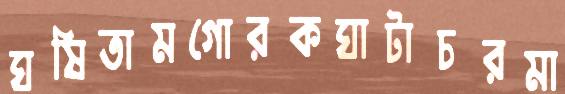
ঘষিতামগোরকঘাটাচরমা